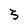
Character: 3